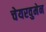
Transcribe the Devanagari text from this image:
चेयरवुमेन